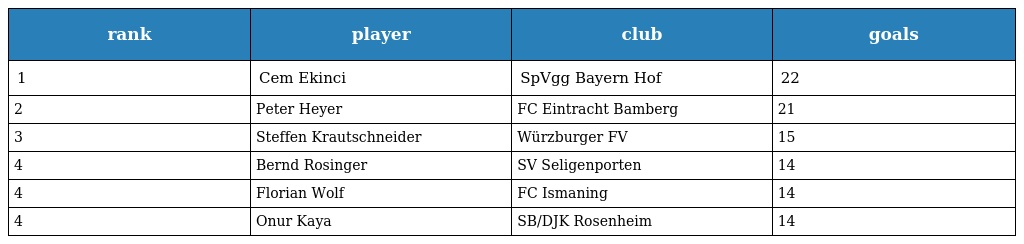
| rank | player | club | goals |
 | --- | --- | --- | --- |
 | 1 | Cem Ekinci | SpVgg Bayern Hof | 22 |
 | 2 | Peter Heyer | FC Eintracht Bamberg | 21 |
 | 3 | Steffen Krautschneider | Würzburger FV | 15 |
 | 4 | Bernd Rosinger | SV Seligenporten | 14 |
 | 4 | Florian Wolf | FC Ismaning | 14 |
 | 4 | Onur Kaya | SB/DJK Rosenheim | 14 |